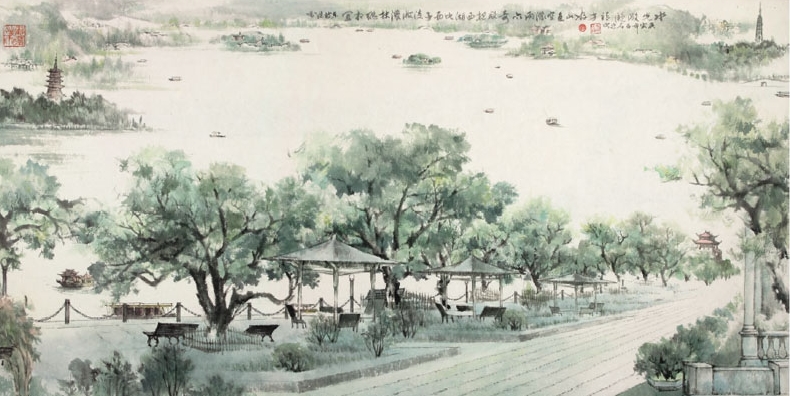
松排山面千重翠，月点波心一颗珠。